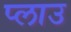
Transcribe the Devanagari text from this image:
प्लाउ